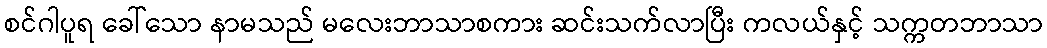
စင်ဂါပူရ ခေါ်သော နာမသည် မလေးဘာသာစကား ဆင်းသက်လာပြီး ကလယ်နှင့် သက္ကတဘာသာ